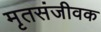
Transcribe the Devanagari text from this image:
मृतसंजीवक